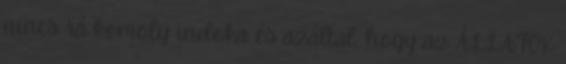
nincs rá komoly indoka és azáltal, hogy az ÁLLATOK